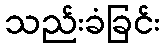
သည်းခံခြင်း